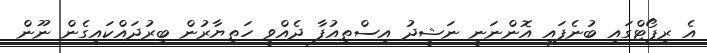
އެ ރިޕޯޓްގައި ބުނެފައި އޮންނަނީ ނަޝީދު އިސްތިއުފާ ދެއްވީ ހަތިޔާރުން ބިރުދައްކައިގެން ނޫން